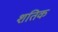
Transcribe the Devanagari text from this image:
शतिक